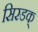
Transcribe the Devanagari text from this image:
सिरडक्